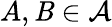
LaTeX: A,\mathit{B}\in{\mathcal{{A}}}